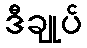
ဒီချုပ်